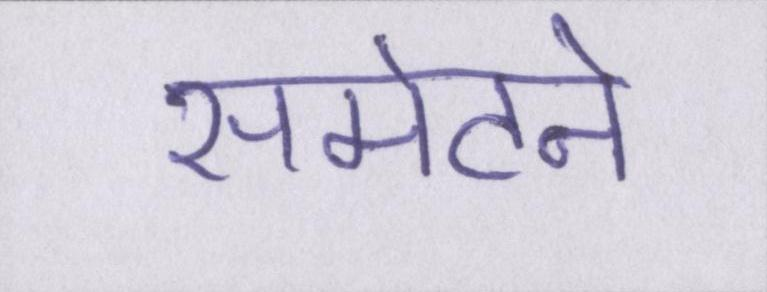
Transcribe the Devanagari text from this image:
समेटने